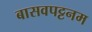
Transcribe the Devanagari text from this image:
बासवपट्टनम